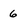
Character: 6